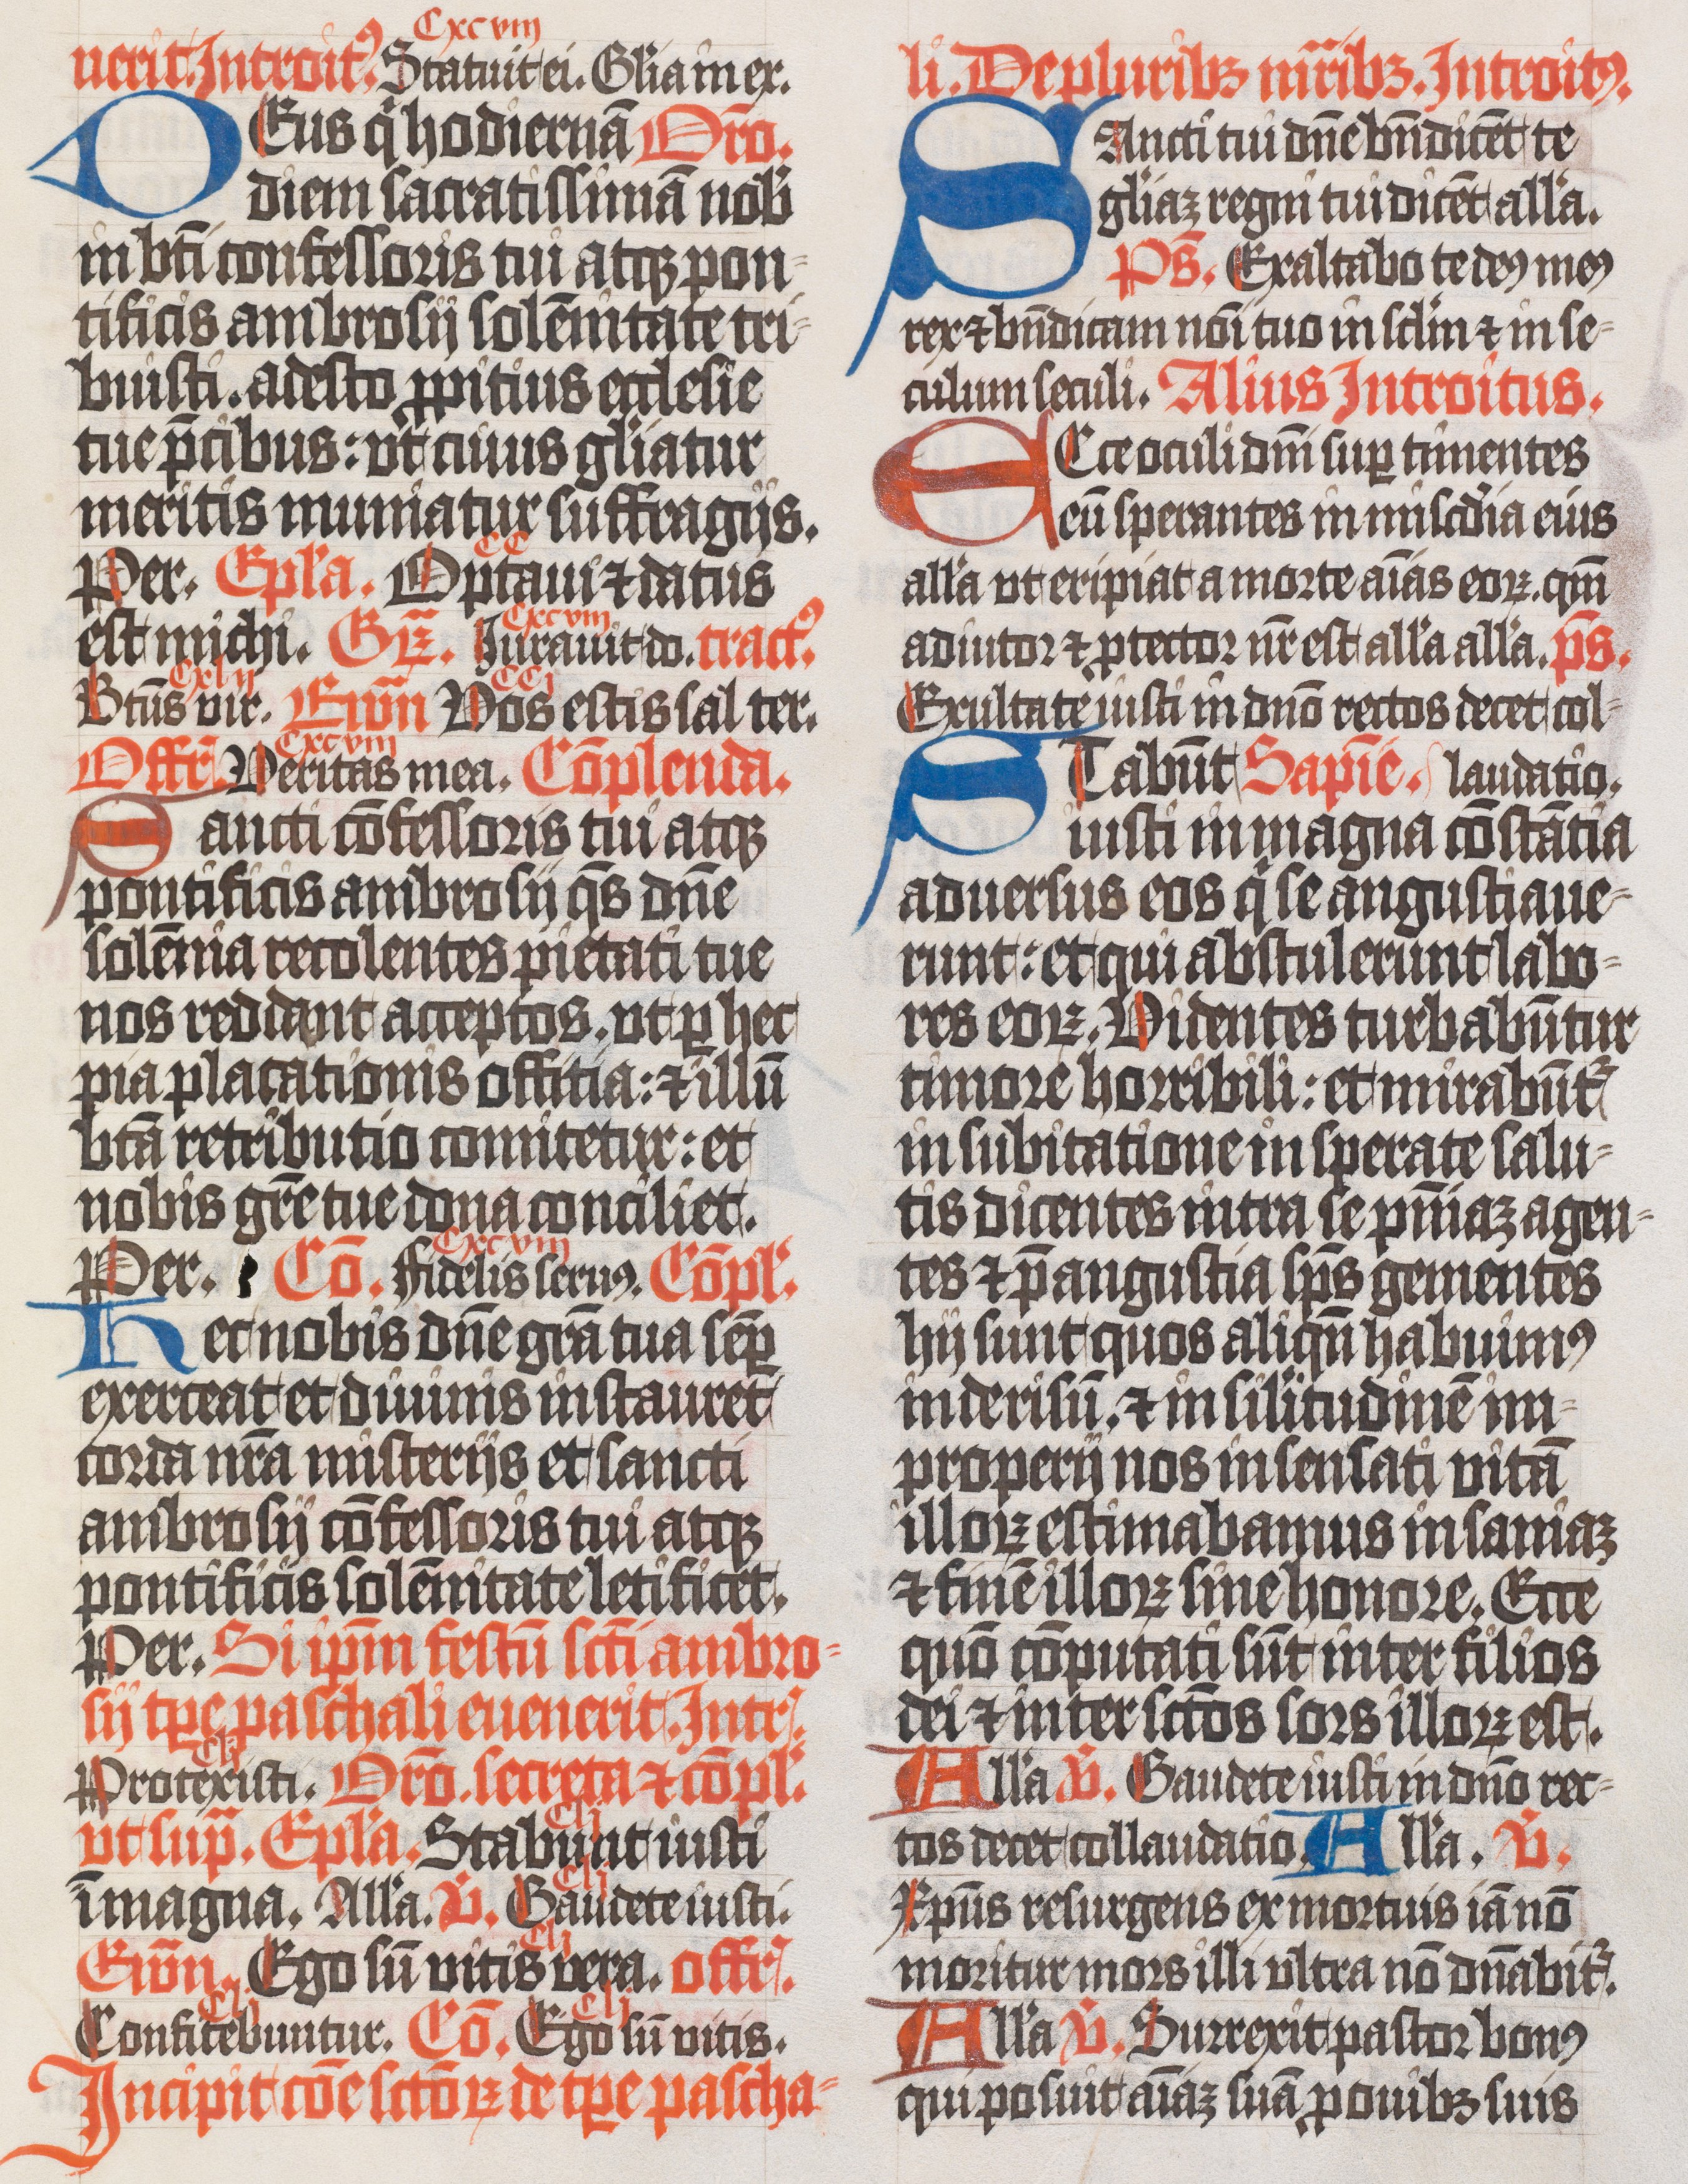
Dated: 1400–1499